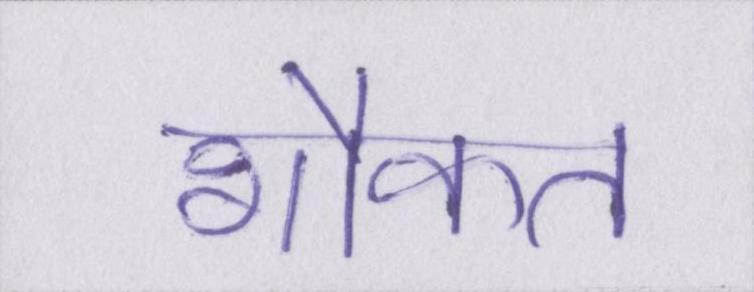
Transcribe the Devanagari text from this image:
शौकत